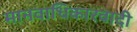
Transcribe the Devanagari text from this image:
मानवाधिकारवादी